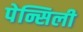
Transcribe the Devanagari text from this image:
पेन्सिली